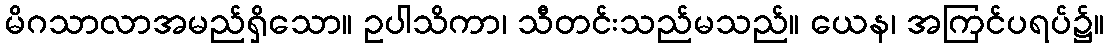
မိဂသာလာအမည်ရှိသော။ ဥပါသိကာ၊ သီတင်းသည်မသည်။ ယေန၊ အကြင်ပရပ်၌။